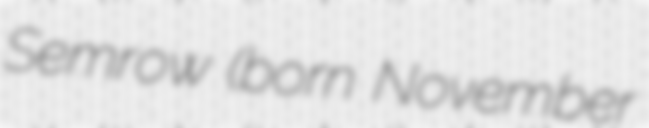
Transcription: Semrow (born November